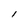
Character: l